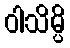
ဝါသိမ္ပိ